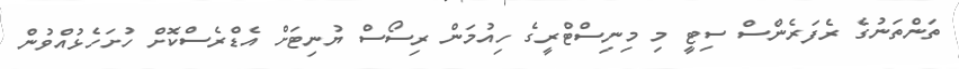
ތަންތަނުގެ ރެފަރެންސް ސިޓީ މި މިނިސްޓްރީގެ ހިއުމަން ރިސޯސް ޔުނިޓަށް އެޑްރެސްކޮށް ހުށަހެޅުއްވުން